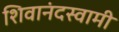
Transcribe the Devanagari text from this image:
शिवानंदस्वामी